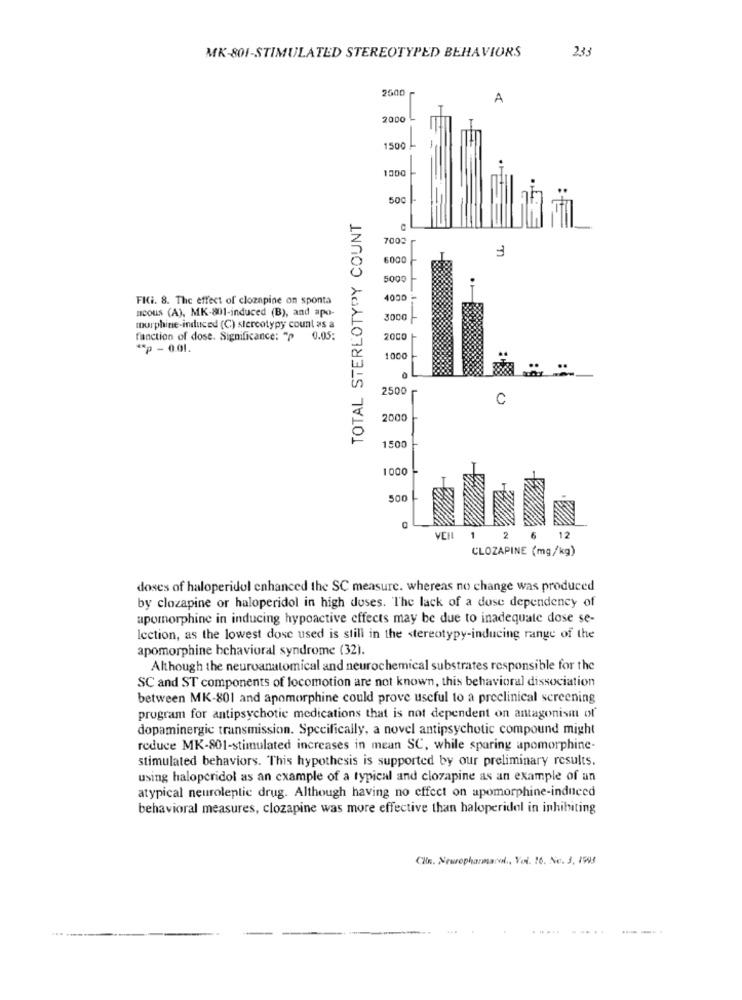
233
MK-801-STIMULATED STEREOTYPED BEHAVIORS
2600
A
2000
1500 --
1500
50C
TOTAL STEREOTYPY COUNT
7003
6000
5000
FIGi. 8. The effect of clozapine on sponta
4000
noous (A), MK-801-induced (B), and apo-
3000
morphine-induced (C) stereotypy count as a
fanction of dose. Significance: "P
0.05:
2000
** p - 0.01.
1000
2500
C
2000
1500
1000
500
C
VEIL
1
2
CLOZAPINE (mg/kg)
doses of haloperidol enhanced the SC measure. whereas no change was produced
by clozapine or haloperidol in high doses. The lack of a dose dependency of
apomorphine in inducing hypoactive effects may be due to inadequate dose se-
lection, as the lowest dose used is still in the stereotypy-inducing range of the
apomorphine behavioral syndrome (32).
Although the neuroanatomical and neurochemical substrates responsible for the
SC and ST components of locomotion are not known, this behavioral dissociation
between MK-801 and apomorphine could prove useful to a preclinical screening
program for antipsychotic medications that is not dependent on antagonism of
dopaminergic transmission. Specifically, a novel antipsychotic compound might
reduce MK-801-stimulated increases in mean SC, while sparing apomorphine-
stimulated behaviors. This hypothesis is supported by our preliminary results.
using haloperidol as an example of a typical and clozapine as an example of an
atypical neuroleplic drug. Although having no effect on apomorphine-induced
behavioral measures, clozapine was more effective than haloperidol in inhibiting
Clin. Neuropharmand ., Vol. 16. No. 3. 1993